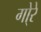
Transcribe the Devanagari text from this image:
गो्रे